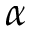
\alpha